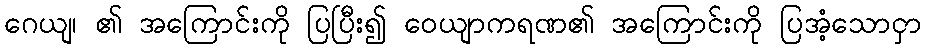
ဂေယျ၊ ၏ အကြောင်းကို ပြပြီး၍ ဝေယျာကရဏ၏ အကြောင်းကို ပြအံ့သောငှာ